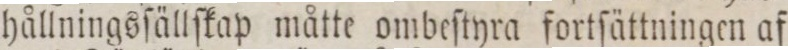
hållningsfällſkap måtte ombeſtyra fortſättningen af